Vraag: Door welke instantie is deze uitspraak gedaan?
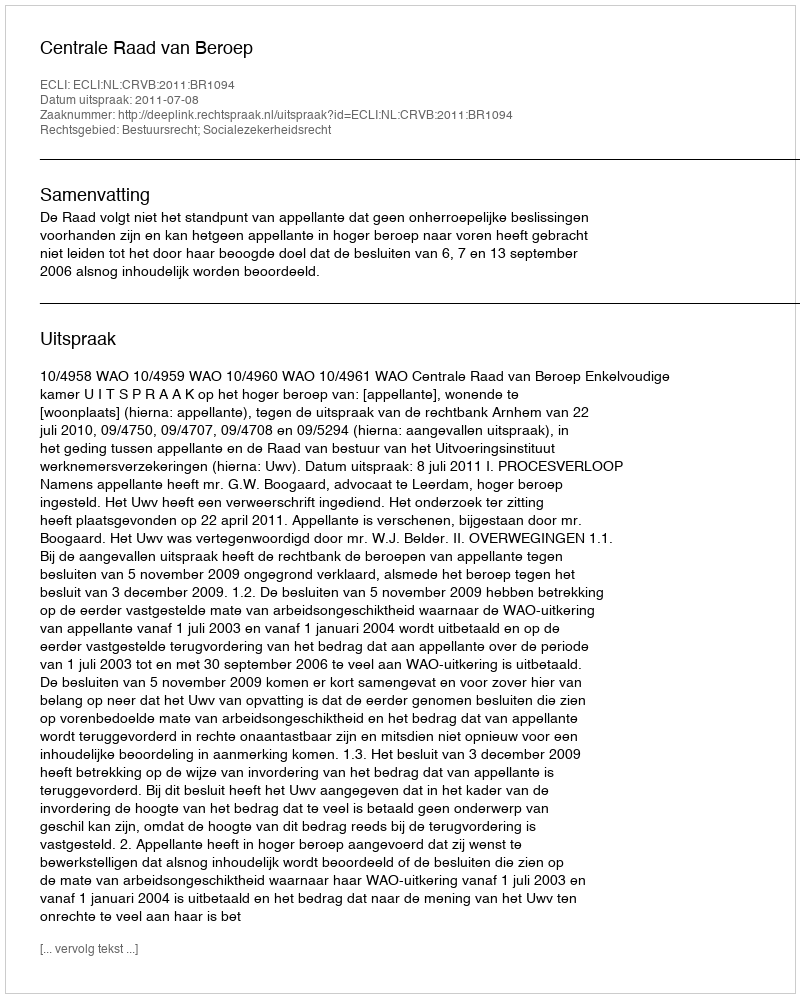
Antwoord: Centrale Raad van Beroep